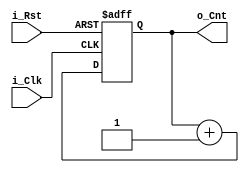
module Cnt_4b(
	input i_Clk,
	input i_Rst,
	output reg [3:0] o_Cnt
	);

always@(posedge i_Clk, negedge i_Rst)
	if(!i_Rst) begin
		o_Cnt <= 0;
	end else begin
		o_Cnt <= o_Cnt + 1;
	end

endmodule